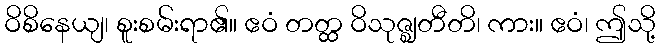
ဝိစိနေယျ၊ စူးစမ်းရာ၏။ ဧဝံ တတ္ထ ဝိသုဇ္ဈတီတိ၊ ကား။ ဧဝံ၊ ဤသို့